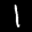
Label: 1